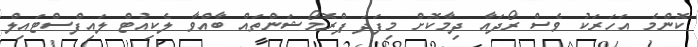
ކޮންމެ އަހަރަކު ވެސް ރޯދައާ ދިމާކޮށް މިފަދަ ޕްރޮމޯޝަންތައް ބާއްވާ ލެކިއުޓް ލައިފްސްޓައިލް